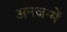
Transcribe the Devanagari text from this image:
अनजन्में